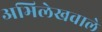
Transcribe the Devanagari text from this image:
अभिलेखवाले